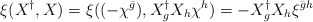
\begin{align*}\xi(X^\dag,X)=\xi((-\chi^{\bar{g}}),X_{g}^\dag X_h\chi^h)=-X_{g}^\dag X_h\xi^{{\bar{g}}h}\end{align*}